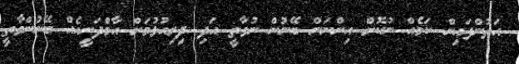
އަތުންފައިން ކަމެއް ނުކޮށް އިންނަން ބޭނުން ނުވާތީ އަދި ދިރިއުޅުމަށް އާމްދަނީއެއް ބޭނުންވާތީ